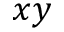
x y